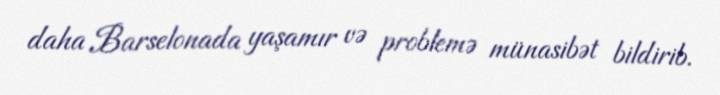
daha Barselonada yaşamır və problemə münasibət bildirib.